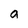
Character: a